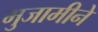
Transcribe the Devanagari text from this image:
मुजामीने